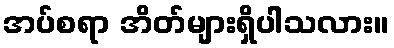
အပ်စရာ အိတ်များရှိပါသလား။